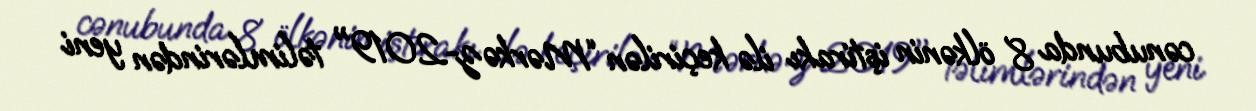
cənubunda 8 ölkənin iştirakı ilə keçirilən “Mərkəz-2019" təlimlərindən yeni